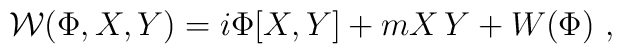
{\cal W}(\Phi, X, Y)= i\Phi [X, Y] + m X\,Y + W(\Phi)\ ,